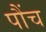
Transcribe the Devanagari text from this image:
पौंच